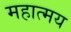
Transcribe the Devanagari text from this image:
महात्‍मय